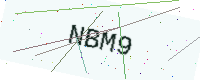
Text: NBM9